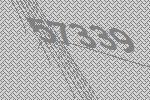
57339